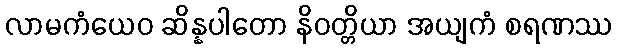
လာမကံယေဝ ဆိန္နပါတော နိဝတ္တိယာ အယျကံ စရဏဿ